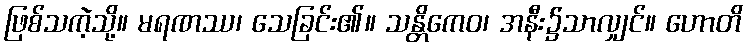
ဖြစ်သကဲ့သို့။ မရဏဿ၊ သေခြင်း၏။ သန္တိကေဝ၊ အနီး၌သာလျှင်။ ဟောတိ